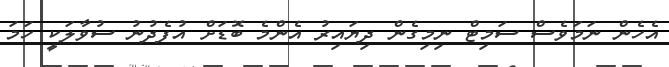
އެހެން ނަމަވެސް ސަމިޓް ނިމިގެން ދިޔައިރު އެންމެ ބޮޑަށް އުފެދުނު ސުވާލަކީ ހަމަ